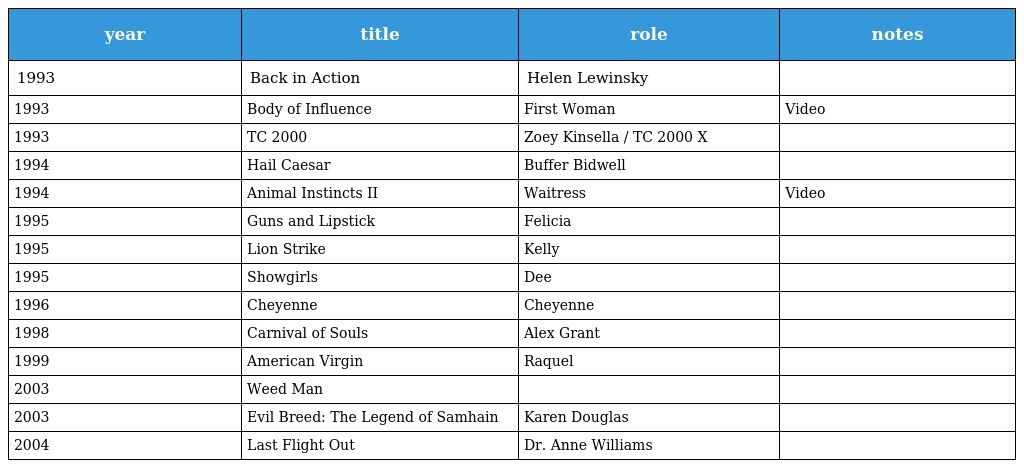
| year | title | role | notes |
 | --- | --- | --- | --- |
 | 1993 | Back in Action | Helen Lewinsky |  |
 | 1993 | Body of Influence | First Woman | Video |
 | 1993 | TC 2000 | Zoey Kinsella / TC 2000 X |  |
 | 1994 | Hail Caesar | Buffer Bidwell |  |
 | 1994 | Animal Instincts II | Waitress | Video |
 | 1995 | Guns and Lipstick | Felicia |  |
 | 1995 | Lion Strike | Kelly |  |
 | 1995 | Showgirls | Dee |  |
 | 1996 | Cheyenne | Cheyenne |  |
 | 1998 | Carnival of Souls | Alex Grant |  |
 | 1999 | American Virgin | Raquel |  |
 | 2003 | Weed Man |  |  |
 | 2003 | Evil Breed: The Legend of Samhain | Karen Douglas |  |
 | 2004 | Last Flight Out | Dr. Anne Williams |  |